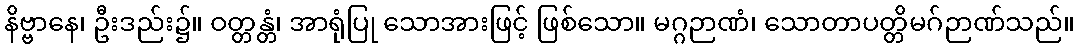
နိဗ္ဗာနေ၊ ဦးဒည်း၌။ ဝတ္တန္တံ၊ အာရုံပြု သောအားဖြင့် ဖြစ်သော။ မဂ္ဂဉာဏံ၊ သောတာပတ္တိမဂ်ဉာဏ်သည်။